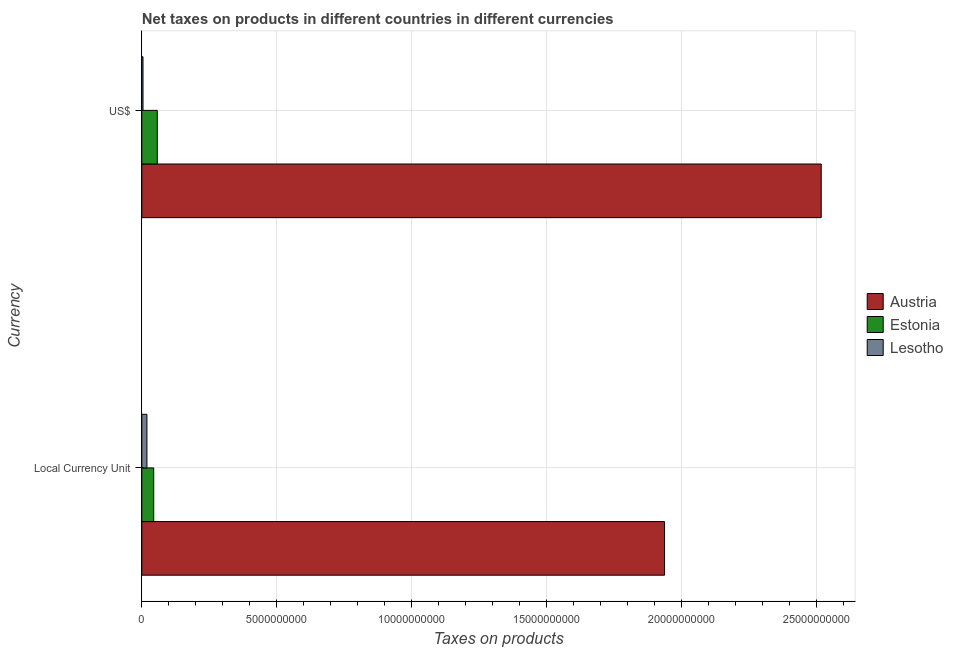
| Currency | Austria | Estonia | Lesotho |
 | --- | --- | --- | --- |
 | Local Currency Unit | 1.94e+10 | 4.41e+08 | 1.9e+08 |
 | US$ | 2.52e+10 | 5.74e+08 | 4.42e+07 |